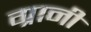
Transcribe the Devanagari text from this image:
ग्रानी